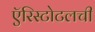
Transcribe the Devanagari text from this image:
ऍरिस्टोटलची